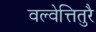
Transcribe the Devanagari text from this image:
वल्वेत्तितुरै